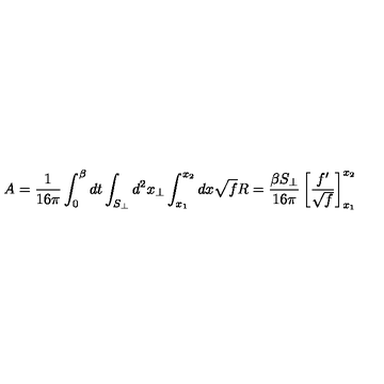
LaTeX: A = \frac { 1 } { 1 6 \pi } \int _ { 0 } ^ { \beta } d t \int _ { S _ { \perp } } d ^ { 2 } x _ { \perp } \int _ { x _ { 1 } } ^ { x _ { 2 } } d x \sqrt { f } R = \frac { \beta S _ { \perp } } { 1 6 \pi } \left[ \frac { f ^ { \prime } } { \sqrt { f } } \right] _ { x _ { 1 } } ^ { x _ { 2 } }